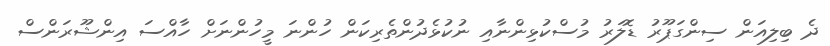
ދެ ބިލިއަން ސިންގަޕޫރު ޑޮލަރު މުސްކުޅިންނާއި ނުކުޅެދުންތެރިކަން ހުންނަ މީހުންނަށް ހާއްސަ އިންޝޫރަންސް